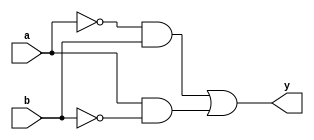
module tutorial2(
    input a,
    input b,
    output y
);

assign y = (~a & b) | (a & ~b);

endmodule